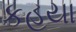
કહયા